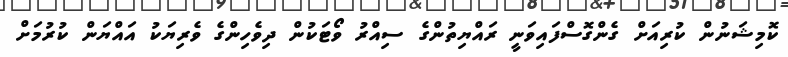
ކޮމިޝަނުން ކުރިއަށް ގެންގޮސްފައިވަނީ ރައްޔިތުންގެ ސިއްރު ވޯޓަކުން ދިވެހިންގެ ވެރިޔަކު އައްޔަން ކުރުމަށް